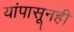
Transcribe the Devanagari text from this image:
यांपासूनही